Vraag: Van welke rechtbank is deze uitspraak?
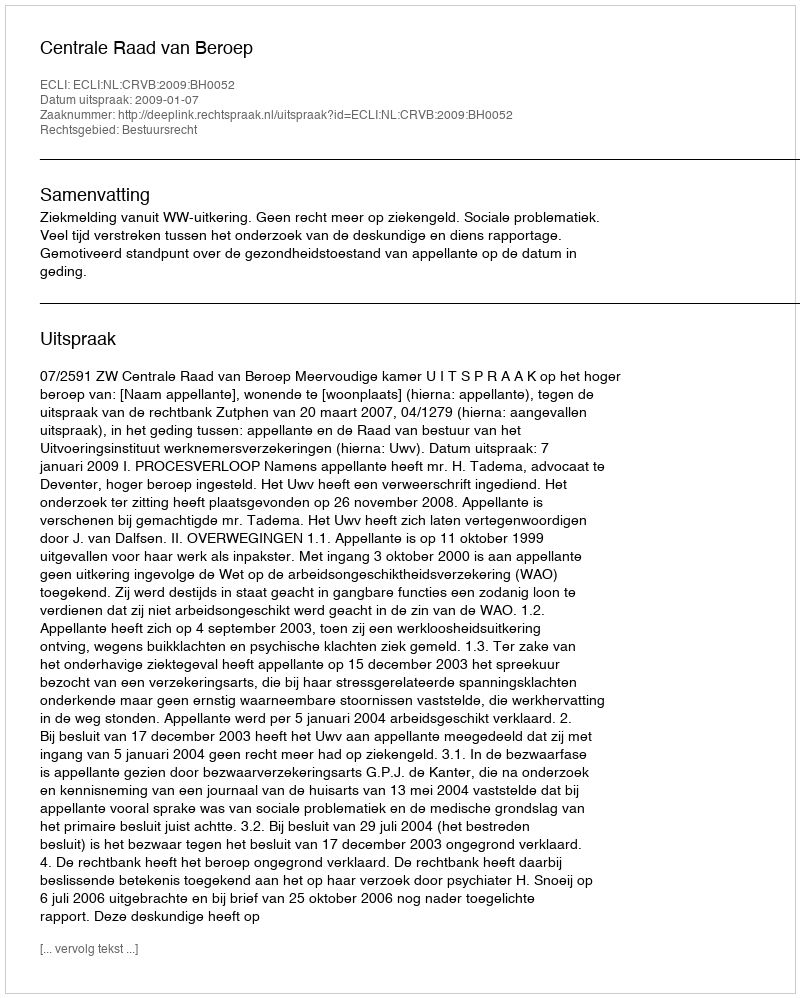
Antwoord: Centrale Raad van Beroep